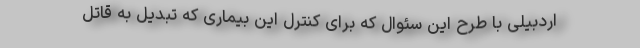
اردبیلی با طرح این سئوال که برای کنترل این بیماری که تبدیل به قاتل